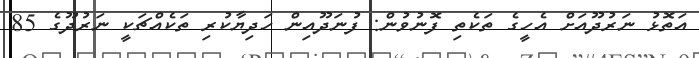
އަތޮޅު ނަރުދޫއަށް އެހީގެ ތަކެތި ފޮނުވުން: ފުނަދޫއިން ހަދިޔާކުރި ތަކެއްޗަކީ ނަރުދޫގެ 85